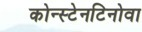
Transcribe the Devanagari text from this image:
कोन्स्टेनटिनोवा